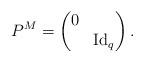
LaTeX: \begin{align*} P^M=\begin{pmatrix}0& \\& {\rm Id}_q\\\end{pmatrix}.\end{align*}